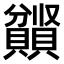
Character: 𫎤